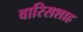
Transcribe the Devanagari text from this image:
वारिसशाह